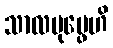
သာလပုပ္ဖေဟိ